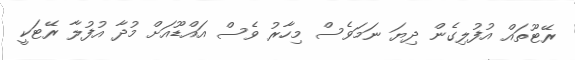
ރޭޓޫތައް އުފުލިގެން ދިޔަ ނަމަވެސް މިހާރު ވެސް އައްޑޫއަށް މުދާ އުފުލާ ރޭޓަކީ